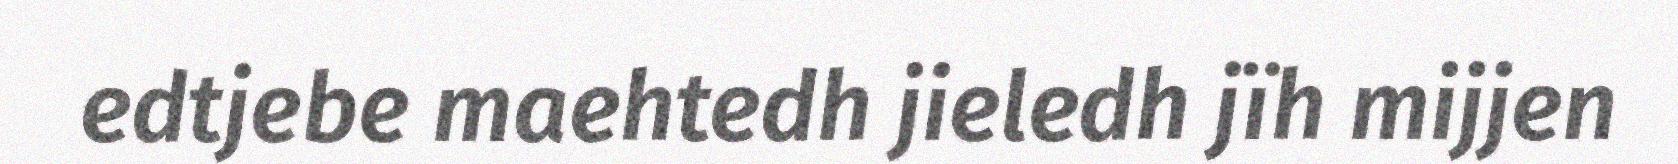
edtjebe maehtedh jieledh jïh mijjen